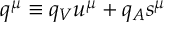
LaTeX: q ^ { \mu } \equiv q _ { V } u ^ { \mu } + q _ { A } s ^ { \mu }